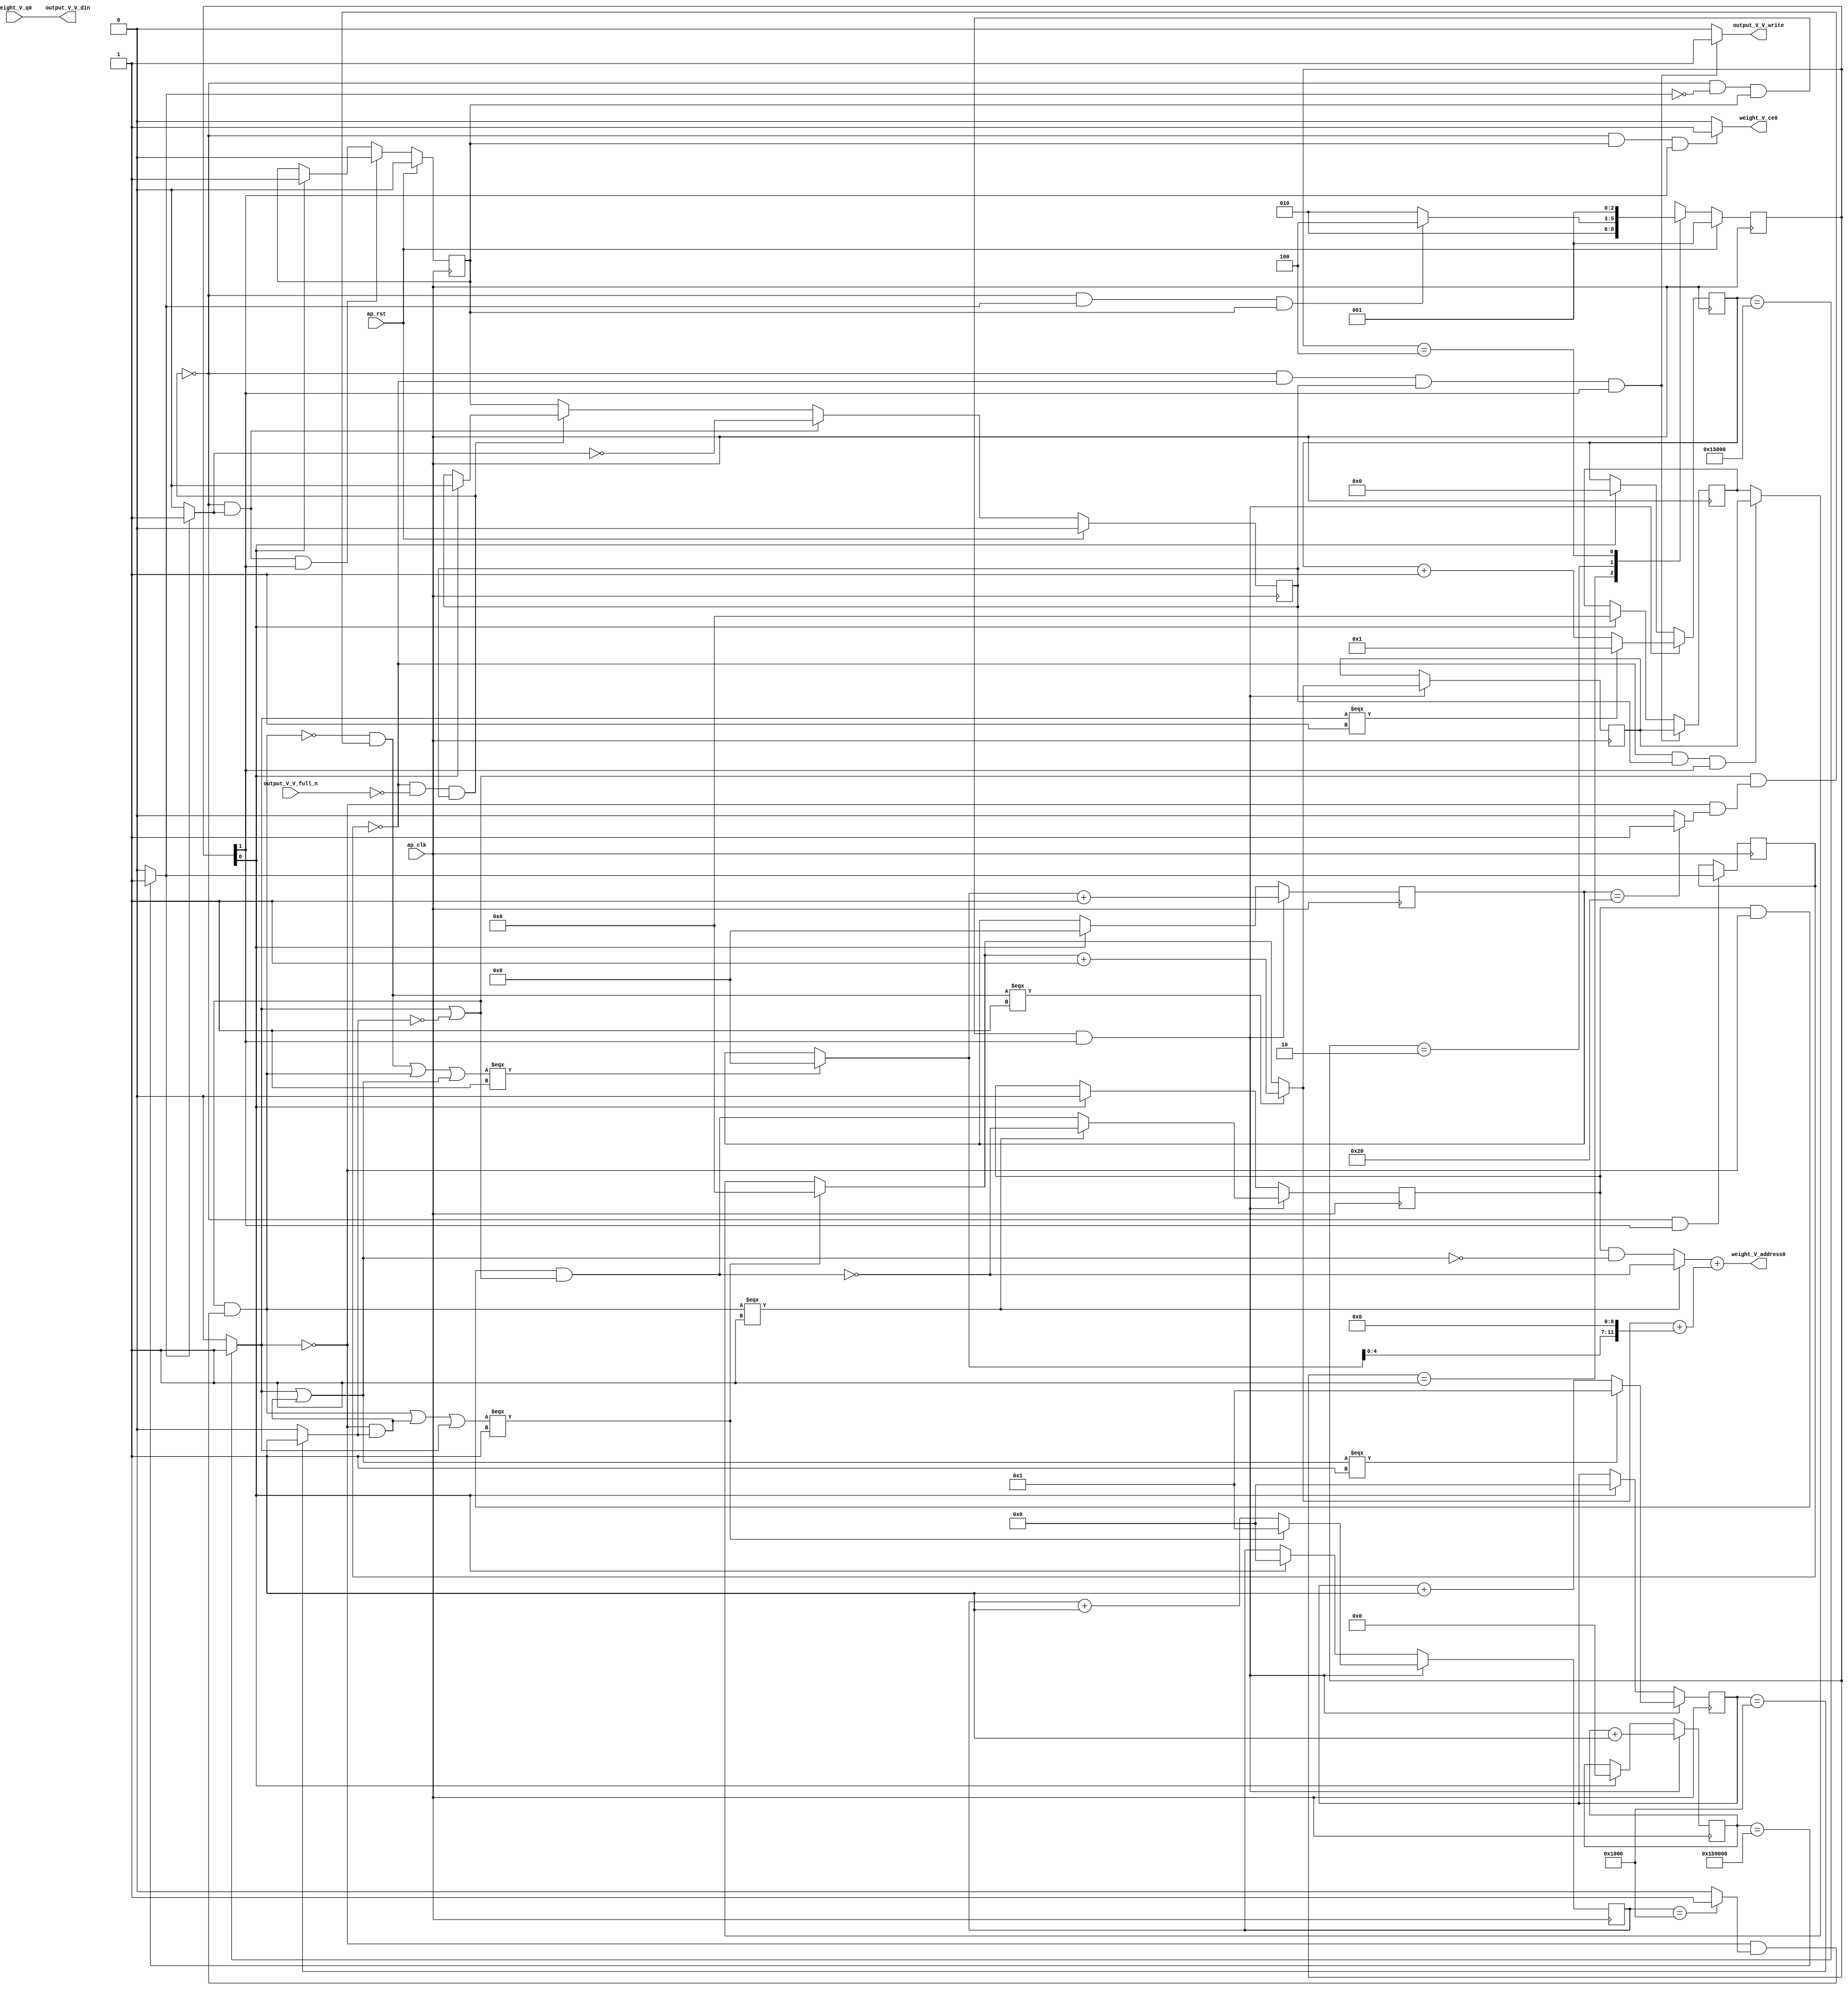
// ==============================================================
// RTL generated by Vivado(TM) HLS - High-Level Synthesis from C, C++ and SystemC
// Version: 2017.4
// Copyright (C) 1986-2017 Xilinx, Inc. All Rights Reserved.
// 
// ===========================================================

`timescale 1 ns / 1 ps 

(* CORE_GENERATION_INFO="weight_s_18,hls_ip_2017_4,{HLS_INPUT_TYPE=cxx,HLS_INPUT_FLOAT=0,HLS_INPUT_FIXED=1,HLS_INPUT_PART=xczu9eg-ffvb1156-2-e,HLS_INPUT_CLOCK=10.000000,HLS_INPUT_ARCH=others,HLS_SYN_CLOCK=6.094125,HLS_SYN_LAT=1806338,HLS_SYN_TPT=none,HLS_SYN_MEM=0,HLS_SYN_DSP=0,HLS_SYN_FF=96,HLS_SYN_LUT=643}" *)

module weight_s_18 (
        ap_clk,
        ap_rst,
        output_V_V_din,
        output_V_V_full_n,
        output_V_V_write,
        weight_V_address0,
        weight_V_ce0,
        weight_V_q0
);

parameter    ap_ST_fsm_state1 = 3'd1;
parameter    ap_ST_fsm_pp0_stage0 = 3'd2;
parameter    ap_ST_fsm_state4 = 3'd4;

input   ap_clk;
input   ap_rst;
output  [7:0] output_V_V_din;
input   output_V_V_full_n;
output   output_V_V_write;
output  [11:0] weight_V_address0;
output   weight_V_ce0;
input  [7:0] weight_V_q0;

reg output_V_V_write;
reg weight_V_ce0;

reg    output_V_V_blk_n;
(* fsm_encoding = "none" *) reg   [2:0] ap_CS_fsm;
wire    ap_CS_fsm_pp0_stage0;
reg    ap_enable_reg_pp0_iter1;
wire    ap_block_pp0_stage0;
reg   [0:0] exitcond_flatten3_reg_476;
reg   [20:0] indvar_flatten1_reg_112;
reg   [17:0] indvar_flatten2_reg_123;
reg   [13:0] indvar_flatten3_reg_134;
reg   [0:0] wkern_reg_145;
reg   [13:0] indvar_flatten_reg_156;
reg   [7:0] pkern_reg_167;
reg   [5:0] pout_reg_178;
wire   [0:0] exitcond_flatten3_fu_189_p2;
wire    ap_block_state2_pp0_stage0_iter0;
reg    ap_block_state3_pp0_stage0_iter1;
reg    ap_block_pp0_stage0_11001;
wire   [20:0] indvar_flatten_next3_fu_195_p2;
reg    ap_enable_reg_pp0_iter0;
wire   [0:0] wkern_mid2_fu_353_p3;
wire   [7:0] tmp_4_mid2_fu_387_p3;
reg   [7:0] tmp_4_mid2_reg_490;
wire   [5:0] pout_1_fu_428_p2;
wire   [13:0] indvar_flatten_next_fu_440_p3;
wire   [13:0] indvar_flatten_next1_fu_454_p3;
wire   [17:0] indvar_flatten_next2_fu_468_p3;
wire    ap_CS_fsm_state1;
reg    ap_block_pp0_stage0_subdone;
reg    ap_condition_pp0_exit_iter0_state2;
reg   [7:0] ap_phi_mux_pkern_phi_fu_171_p4;
wire   [63:0] tmp_11_cast_fu_423_p1;
reg    ap_block_pp0_stage0_01001;
wire   [0:0] exitcond_flatten_fu_201_p2;
wire   [0:0] not_exitcond_flatten_fu_207_p2;
wire   [0:0] exitcond_fu_219_p2;
wire   [0:0] exitcond_flatten1_fu_231_p2;
wire   [0:0] exitcond_flatten2_fu_243_p2;
wire   [0:0] exitcond_flatten15_n_fu_255_p2;
wire   [0:0] wkern_mid_fu_213_p2;
wire   [0:0] not_exitcond_flatten_1_fu_261_p2;
wire   [0:0] exitcond_flatten15_m_fu_249_p2;
wire   [0:0] tmp_1_fu_273_p2;
wire   [0:0] not_tmp_1_fu_279_p2;
wire   [0:0] exitcond_mid_fu_225_p2;
wire   [0:0] exitcond_flatten_mid_fu_237_p2;
wire   [0:0] wkern_mid1_fu_267_p2;
wire   [0:0] exitcond_flatten_mid_2_fu_297_p2;
wire   [0:0] tmp_5_fu_309_p2;
wire   [0:0] tmp_2_fu_315_p2;
wire   [0:0] wkern_1_fu_303_p2;
wire   [0:0] tmp_2_mid_fu_285_p2;
wire   [0:0] tmp_2_mid2_fu_329_p3;
wire   [0:0] exitcond_mid1_fu_291_p2;
wire   [0:0] not_exitcond_flatten_2_fu_341_p2;
wire   [7:0] pkern_mid1_fu_321_p3;
wire   [0:0] exitcond_mid2_fu_347_p2;
wire   [0:0] tmp_7_fu_367_p2;
wire   [0:0] tmp_3_fu_373_p2;
wire   [7:0] pkern_1_fu_361_p2;
wire   [5:0] pout_mid2_fu_379_p3;
wire   [12:0] tmp_8_fu_399_p3;
wire   [13:0] tmp_4_mid2_cast_fu_395_p1;
wire   [13:0] tmp_9_cast_fu_407_p1;
wire   [13:0] tmp_2_mid2_cast_fu_337_p1;
wire   [13:0] tmp_s_fu_411_p2;
wire   [13:0] tmp_4_fu_417_p2;
wire   [13:0] indvar_flatten_op_fu_434_p2;
wire   [13:0] indvar_flatten13_op_fu_448_p2;
wire   [17:0] indvar_flatten37_op_fu_462_p2;
reg   [2:0] ap_NS_fsm;
reg    ap_idle_pp0;
wire    ap_enable_pp0;

// power-on initialization
initial begin
#0 ap_CS_fsm = 3'd1;
#0 ap_enable_reg_pp0_iter1 = 1'b0;
#0 ap_enable_reg_pp0_iter0 = 1'b0;
end

always @ (posedge ap_clk) begin
    if (ap_rst == 1'b1) begin
        ap_CS_fsm <= ap_ST_fsm_state1;
    end else begin
        ap_CS_fsm <= ap_NS_fsm;
    end
end

always @ (posedge ap_clk) begin
    if (ap_rst == 1'b1) begin
        ap_enable_reg_pp0_iter0 <= 1'b0;
    end else begin
        if (((1'b0 == ap_block_pp0_stage0_subdone) & (1'b1 == ap_condition_pp0_exit_iter0_state2) & (1'b1 == ap_CS_fsm_pp0_stage0))) begin
            ap_enable_reg_pp0_iter0 <= 1'b0;
        end else if ((1'b1 == ap_CS_fsm_state1)) begin
            ap_enable_reg_pp0_iter0 <= 1'b1;
        end
    end
end

always @ (posedge ap_clk) begin
    if (ap_rst == 1'b1) begin
        ap_enable_reg_pp0_iter1 <= 1'b0;
    end else begin
        if (((1'b0 == ap_block_pp0_stage0_subdone) & (1'b1 == ap_condition_pp0_exit_iter0_state2))) begin
            ap_enable_reg_pp0_iter1 <= (1'b1 ^ ap_condition_pp0_exit_iter0_state2);
        end else if ((1'b0 == ap_block_pp0_stage0_subdone)) begin
            ap_enable_reg_pp0_iter1 <= ap_enable_reg_pp0_iter0;
        end else if ((1'b1 == ap_CS_fsm_state1)) begin
            ap_enable_reg_pp0_iter1 <= 1'b0;
        end
    end
end

always @ (posedge ap_clk) begin
    if (((1'b0 == ap_block_pp0_stage0_11001) & (exitcond_flatten3_fu_189_p2 == 1'd0) & (ap_enable_reg_pp0_iter0 == 1'b1) & (1'b1 == ap_CS_fsm_pp0_stage0))) begin
        indvar_flatten1_reg_112 <= indvar_flatten_next3_fu_195_p2;
    end else if ((1'b1 == ap_CS_fsm_state1)) begin
        indvar_flatten1_reg_112 <= 21'd0;
    end
end

always @ (posedge ap_clk) begin
    if (((1'b0 == ap_block_pp0_stage0_11001) & (exitcond_flatten3_fu_189_p2 == 1'd0) & (ap_enable_reg_pp0_iter0 == 1'b1) & (1'b1 == ap_CS_fsm_pp0_stage0))) begin
        indvar_flatten2_reg_123 <= indvar_flatten_next2_fu_468_p3;
    end else if ((1'b1 == ap_CS_fsm_state1)) begin
        indvar_flatten2_reg_123 <= 18'd0;
    end
end

always @ (posedge ap_clk) begin
    if (((1'b0 == ap_block_pp0_stage0_11001) & (exitcond_flatten3_fu_189_p2 == 1'd0) & (ap_enable_reg_pp0_iter0 == 1'b1) & (1'b1 == ap_CS_fsm_pp0_stage0))) begin
        indvar_flatten3_reg_134 <= indvar_flatten_next1_fu_454_p3;
    end else if ((1'b1 == ap_CS_fsm_state1)) begin
        indvar_flatten3_reg_134 <= 14'd0;
    end
end

always @ (posedge ap_clk) begin
    if (((1'b0 == ap_block_pp0_stage0_11001) & (exitcond_flatten3_fu_189_p2 == 1'd0) & (ap_enable_reg_pp0_iter0 == 1'b1) & (1'b1 == ap_CS_fsm_pp0_stage0))) begin
        indvar_flatten_reg_156 <= indvar_flatten_next_fu_440_p3;
    end else if ((1'b1 == ap_CS_fsm_state1)) begin
        indvar_flatten_reg_156 <= 14'd0;
    end
end

always @ (posedge ap_clk) begin
    if (((1'b0 == ap_block_pp0_stage0_11001) & (exitcond_flatten3_reg_476 == 1'd0) & (ap_enable_reg_pp0_iter1 == 1'b1) & (1'b1 == ap_CS_fsm_pp0_stage0))) begin
        pkern_reg_167 <= tmp_4_mid2_reg_490;
    end else if ((1'b1 == ap_CS_fsm_state1)) begin
        pkern_reg_167 <= 8'd0;
    end
end

always @ (posedge ap_clk) begin
    if (((1'b0 == ap_block_pp0_stage0_11001) & (exitcond_flatten3_fu_189_p2 == 1'd0) & (ap_enable_reg_pp0_iter0 == 1'b1) & (1'b1 == ap_CS_fsm_pp0_stage0))) begin
        pout_reg_178 <= pout_1_fu_428_p2;
    end else if ((1'b1 == ap_CS_fsm_state1)) begin
        pout_reg_178 <= 6'd0;
    end
end

always @ (posedge ap_clk) begin
    if (((1'b0 == ap_block_pp0_stage0_11001) & (exitcond_flatten3_fu_189_p2 == 1'd0) & (ap_enable_reg_pp0_iter0 == 1'b1) & (1'b1 == ap_CS_fsm_pp0_stage0))) begin
        wkern_reg_145 <= wkern_mid2_fu_353_p3;
    end else if ((1'b1 == ap_CS_fsm_state1)) begin
        wkern_reg_145 <= 1'd0;
    end
end

always @ (posedge ap_clk) begin
    if (((1'b0 == ap_block_pp0_stage0_11001) & (1'b1 == ap_CS_fsm_pp0_stage0))) begin
        exitcond_flatten3_reg_476 <= exitcond_flatten3_fu_189_p2;
    end
end

always @ (posedge ap_clk) begin
    if (((1'b0 == ap_block_pp0_stage0_11001) & (exitcond_flatten3_fu_189_p2 == 1'd0) & (ap_enable_reg_pp0_iter0 == 1'b1) & (1'b1 == ap_CS_fsm_pp0_stage0))) begin
        tmp_4_mid2_reg_490 <= tmp_4_mid2_fu_387_p3;
    end
end

always @ (*) begin
    if ((exitcond_flatten3_fu_189_p2 == 1'd1)) begin
        ap_condition_pp0_exit_iter0_state2 = 1'b1;
    end else begin
        ap_condition_pp0_exit_iter0_state2 = 1'b0;
    end
end

always @ (*) begin
    if (((ap_enable_reg_pp0_iter0 == 1'b0) & (ap_enable_reg_pp0_iter1 == 1'b0))) begin
        ap_idle_pp0 = 1'b1;
    end else begin
        ap_idle_pp0 = 1'b0;
    end
end

always @ (*) begin
    if (((exitcond_flatten3_reg_476 == 1'd0) & (1'b0 == ap_block_pp0_stage0) & (ap_enable_reg_pp0_iter1 == 1'b1) & (1'b1 == ap_CS_fsm_pp0_stage0))) begin
        ap_phi_mux_pkern_phi_fu_171_p4 = tmp_4_mid2_reg_490;
    end else begin
        ap_phi_mux_pkern_phi_fu_171_p4 = pkern_reg_167;
    end
end

always @ (*) begin
    if (((exitcond_flatten3_reg_476 == 1'd0) & (1'b0 == ap_block_pp0_stage0) & (ap_enable_reg_pp0_iter1 == 1'b1) & (1'b1 == ap_CS_fsm_pp0_stage0))) begin
        output_V_V_blk_n = output_V_V_full_n;
    end else begin
        output_V_V_blk_n = 1'b1;
    end
end

always @ (*) begin
    if (((1'b0 == ap_block_pp0_stage0_11001) & (exitcond_flatten3_reg_476 == 1'd0) & (ap_enable_reg_pp0_iter1 == 1'b1) & (1'b1 == ap_CS_fsm_pp0_stage0))) begin
        output_V_V_write = 1'b1;
    end else begin
        output_V_V_write = 1'b0;
    end
end

always @ (*) begin
    if (((1'b0 == ap_block_pp0_stage0_11001) & (ap_enable_reg_pp0_iter0 == 1'b1) & (1'b1 == ap_CS_fsm_pp0_stage0))) begin
        weight_V_ce0 = 1'b1;
    end else begin
        weight_V_ce0 = 1'b0;
    end
end

always @ (*) begin
    case (ap_CS_fsm)
        ap_ST_fsm_state1 : begin
            ap_NS_fsm = ap_ST_fsm_pp0_stage0;
        end
        ap_ST_fsm_pp0_stage0 : begin
            if (~((1'b0 == ap_block_pp0_stage0_subdone) & (exitcond_flatten3_fu_189_p2 == 1'd1) & (ap_enable_reg_pp0_iter0 == 1'b1))) begin
                ap_NS_fsm = ap_ST_fsm_pp0_stage0;
            end else if (((1'b0 == ap_block_pp0_stage0_subdone) & (exitcond_flatten3_fu_189_p2 == 1'd1) & (ap_enable_reg_pp0_iter0 == 1'b1))) begin
                ap_NS_fsm = ap_ST_fsm_state4;
            end else begin
                ap_NS_fsm = ap_ST_fsm_pp0_stage0;
            end
        end
        ap_ST_fsm_state4 : begin
            ap_NS_fsm = ap_ST_fsm_state1;
        end
        default : begin
            ap_NS_fsm = 'bx;
        end
    endcase
end

assign ap_CS_fsm_pp0_stage0 = ap_CS_fsm[32'd1];

assign ap_CS_fsm_state1 = ap_CS_fsm[32'd0];

assign ap_block_pp0_stage0 = ~(1'b1 == 1'b1);

always @ (*) begin
    ap_block_pp0_stage0_01001 = ((exitcond_flatten3_reg_476 == 1'd0) & (output_V_V_full_n == 1'b0) & (ap_enable_reg_pp0_iter1 == 1'b1));
end

always @ (*) begin
    ap_block_pp0_stage0_11001 = ((exitcond_flatten3_reg_476 == 1'd0) & (output_V_V_full_n == 1'b0) & (ap_enable_reg_pp0_iter1 == 1'b1));
end

always @ (*) begin
    ap_block_pp0_stage0_subdone = ((exitcond_flatten3_reg_476 == 1'd0) & (output_V_V_full_n == 1'b0) & (ap_enable_reg_pp0_iter1 == 1'b1));
end

assign ap_block_state2_pp0_stage0_iter0 = ~(1'b1 == 1'b1);

always @ (*) begin
    ap_block_state3_pp0_stage0_iter1 = ((exitcond_flatten3_reg_476 == 1'd0) & (output_V_V_full_n == 1'b0));
end

assign ap_enable_pp0 = (ap_idle_pp0 ^ 1'b1);

assign exitcond_flatten15_m_fu_249_p2 = (not_exitcond_flatten_fu_207_p2 & exitcond_flatten2_fu_243_p2);

assign exitcond_flatten15_n_fu_255_p2 = (exitcond_flatten2_fu_243_p2 ^ 1'd1);

assign exitcond_flatten1_fu_231_p2 = ((indvar_flatten_reg_156 == 14'd4096) ? 1'b1 : 1'b0);

assign exitcond_flatten2_fu_243_p2 = ((indvar_flatten3_reg_134 == 14'd4096) ? 1'b1 : 1'b0);

assign exitcond_flatten3_fu_189_p2 = ((indvar_flatten1_reg_112 == 21'd1806336) ? 1'b1 : 1'b0);

assign exitcond_flatten_fu_201_p2 = ((indvar_flatten2_reg_123 == 18'd86016) ? 1'b1 : 1'b0);

assign exitcond_flatten_mid_2_fu_297_p2 = (not_exitcond_flatten_1_fu_261_p2 & exitcond_flatten_mid_fu_237_p2);

assign exitcond_flatten_mid_fu_237_p2 = (not_exitcond_flatten_fu_207_p2 & exitcond_flatten1_fu_231_p2);

assign exitcond_fu_219_p2 = ((pout_reg_178 == 6'd32) ? 1'b1 : 1'b0);

assign exitcond_mid1_fu_291_p2 = (not_exitcond_flatten_1_fu_261_p2 & exitcond_mid_fu_225_p2);

assign exitcond_mid2_fu_347_p2 = (not_exitcond_flatten_2_fu_341_p2 & exitcond_mid1_fu_291_p2);

assign exitcond_mid_fu_225_p2 = (not_exitcond_flatten_fu_207_p2 & exitcond_fu_219_p2);

assign indvar_flatten13_op_fu_448_p2 = (indvar_flatten3_reg_134 + 14'd1);

assign indvar_flatten37_op_fu_462_p2 = (indvar_flatten2_reg_123 + 18'd1);

assign indvar_flatten_next1_fu_454_p3 = ((tmp_1_fu_273_p2[0:0] === 1'b1) ? 14'd1 : indvar_flatten13_op_fu_448_p2);

assign indvar_flatten_next2_fu_468_p3 = ((exitcond_flatten_fu_201_p2[0:0] === 1'b1) ? 18'd1 : indvar_flatten37_op_fu_462_p2);

assign indvar_flatten_next3_fu_195_p2 = (indvar_flatten1_reg_112 + 21'd1);

assign indvar_flatten_next_fu_440_p3 = ((tmp_2_fu_315_p2[0:0] === 1'b1) ? 14'd1 : indvar_flatten_op_fu_434_p2);

assign indvar_flatten_op_fu_434_p2 = (indvar_flatten_reg_156 + 14'd1);

assign not_exitcond_flatten_1_fu_261_p2 = (exitcond_flatten_fu_201_p2 | exitcond_flatten15_n_fu_255_p2);

assign not_exitcond_flatten_2_fu_341_p2 = (exitcond_flatten_mid_2_fu_297_p2 ^ 1'd1);

assign not_exitcond_flatten_fu_207_p2 = (exitcond_flatten_fu_201_p2 ^ 1'd1);

assign not_tmp_1_fu_279_p2 = (tmp_1_fu_273_p2 ^ 1'd1);

assign output_V_V_din = weight_V_q0;

assign pkern_1_fu_361_p2 = (pkern_mid1_fu_321_p3 + 8'd1);

assign pkern_mid1_fu_321_p3 = ((tmp_2_fu_315_p2[0:0] === 1'b1) ? 8'd0 : ap_phi_mux_pkern_phi_fu_171_p4);

assign pout_1_fu_428_p2 = (pout_mid2_fu_379_p3 + 6'd1);

assign pout_mid2_fu_379_p3 = ((tmp_3_fu_373_p2[0:0] === 1'b1) ? 6'd0 : pout_reg_178);

assign tmp_11_cast_fu_423_p1 = tmp_4_fu_417_p2;

assign tmp_1_fu_273_p2 = (exitcond_flatten_fu_201_p2 | exitcond_flatten15_m_fu_249_p2);

assign tmp_2_fu_315_p2 = (tmp_5_fu_309_p2 | exitcond_flatten_fu_201_p2);

assign tmp_2_mid2_cast_fu_337_p1 = tmp_2_mid2_fu_329_p3;

assign tmp_2_mid2_fu_329_p3 = ((exitcond_flatten_mid_2_fu_297_p2[0:0] === 1'b1) ? wkern_1_fu_303_p2 : tmp_2_mid_fu_285_p2);

assign tmp_2_mid_fu_285_p2 = (wkern_reg_145 & not_tmp_1_fu_279_p2);

assign tmp_3_fu_373_p2 = (tmp_7_fu_367_p2 | tmp_1_fu_273_p2);

assign tmp_4_fu_417_p2 = (tmp_2_mid2_cast_fu_337_p1 + tmp_s_fu_411_p2);

assign tmp_4_mid2_cast_fu_395_p1 = tmp_4_mid2_fu_387_p3;

assign tmp_4_mid2_fu_387_p3 = ((exitcond_mid2_fu_347_p2[0:0] === 1'b1) ? pkern_1_fu_361_p2 : pkern_mid1_fu_321_p3);

assign tmp_5_fu_309_p2 = (exitcond_flatten_mid_2_fu_297_p2 | exitcond_flatten15_m_fu_249_p2);

assign tmp_7_fu_367_p2 = (exitcond_mid2_fu_347_p2 | exitcond_flatten_mid_2_fu_297_p2);

assign tmp_8_fu_399_p3 = {{pout_mid2_fu_379_p3}, {7'd0}};

assign tmp_9_cast_fu_407_p1 = tmp_8_fu_399_p3;

assign tmp_s_fu_411_p2 = (tmp_4_mid2_cast_fu_395_p1 + tmp_9_cast_fu_407_p1);

assign weight_V_address0 = tmp_11_cast_fu_423_p1;

assign wkern_1_fu_303_p2 = (wkern_mid1_fu_267_p2 ^ 1'd1);

assign wkern_mid1_fu_267_p2 = (wkern_mid_fu_213_p2 & not_exitcond_flatten_1_fu_261_p2);

assign wkern_mid2_fu_353_p3 = ((exitcond_flatten_mid_2_fu_297_p2[0:0] === 1'b1) ? wkern_1_fu_303_p2 : wkern_mid1_fu_267_p2);

assign wkern_mid_fu_213_p2 = (wkern_reg_145 & not_exitcond_flatten_fu_207_p2);

endmodule //weight_s_18